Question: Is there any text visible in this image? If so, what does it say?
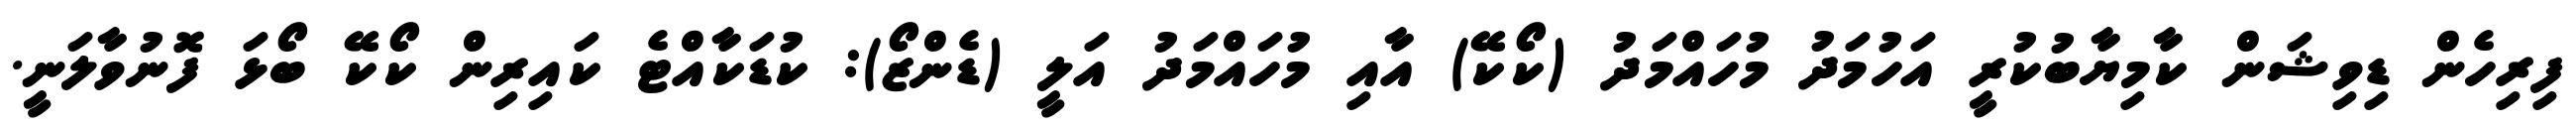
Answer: ފިރިހެން ޑިވިޝަން ކާމިޔާބުކުރީ އަހުމަދު މުހައްމަދު (ކޯކޭ) އާއި މުހައްމަދު އަލީ (ޑެންޒޯ): ކުޑަކާއްޓެ ކައިރިން ކޯކޭ ބޯޅަ ފޮނުވާލަނީ.